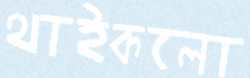
থাইকলো